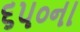
૬૫૦ના